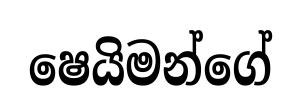
ෂෙයිමන්ගේ